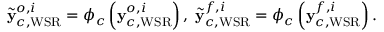
\tilde { { \bf y } } _ { c , \mathrm { W S R } } ^ { o , i } = \phi _ { c } \left( { \bf y } _ { c , \mathrm { W S R } } ^ { o , i } \right) , \; \tilde { { \bf y } } _ { c , \mathrm { W S R } } ^ { f , i } = \phi _ { c } \left( { \bf y } _ { c , \mathrm { W S R } } ^ { f , i } \right) .